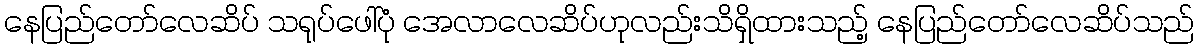
နေပြည်တော်လေဆိပ် သရုပ်ဖေါ်ပုံ အေလာလေဆိပ်ဟုလည်းသိရှိထားသည့် နေပြည်တော်လေဆိပ်သည်